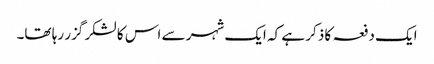
ایک دفعہ کا ذکر ہے کہ ایک شہر سے اس کا لشکر گزر رہا تھا۔